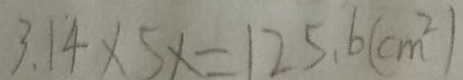
3 . 1 4 \times 5 x = 1 2 5 . 6 ( c m ^ { 2 } )